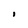
Character: I